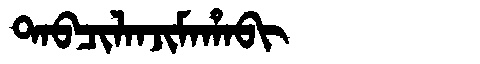
Manchu: ᡨᠠᠪᠴᡳᠯᠠᠨᠵᡳᠮᠠᡥᠠᠪᡳ
Romanization: TABCILANJIMAHABI